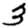
Digit: 3